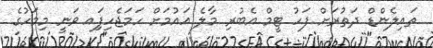
ތައިލެންޑް ދަތުރަށް ފަހު ޓީމް އެބުރި މާލެ އައުމަށް ހަމަޖެހިފަިއ ވަނީ މިމަހުގެ